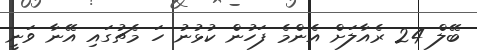
ބޭލް 24 ރެއާލަށް އެންމެ ފަހުން ކުޅުނު ހަ މެޗުގައި އޭނާ ވަނީ